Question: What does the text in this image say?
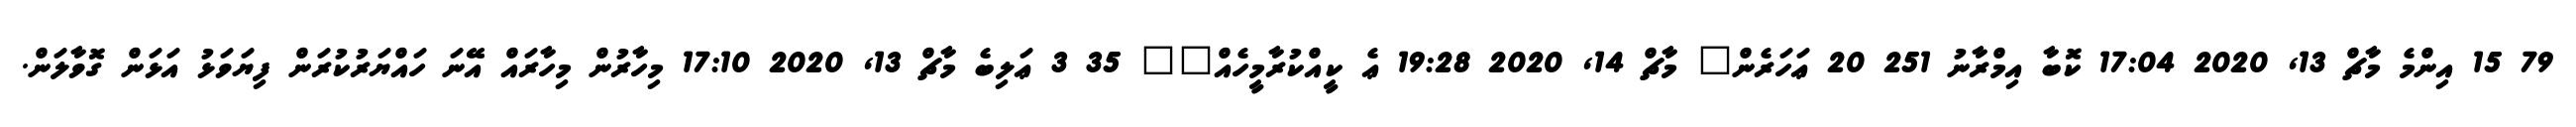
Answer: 79 15 އިންމެ މާޗް 13, 2020 17:04 ކޮބާ އިމްރާނު 251 20 ޢަހަރެން? މާޗް 14, 2020 19:28 ޢެ ކީއްކުރާމީހެއް?? 35 3 ޢަލިބެ މާޗް 13, 2020 17:10 މިހާރުން މިހާރައް އޭނަ ހައްޔަރުކުރަން ފިޔަވަޅު އަޅަން ގޮވާލަން.